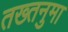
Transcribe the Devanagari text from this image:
तख्तनुमा